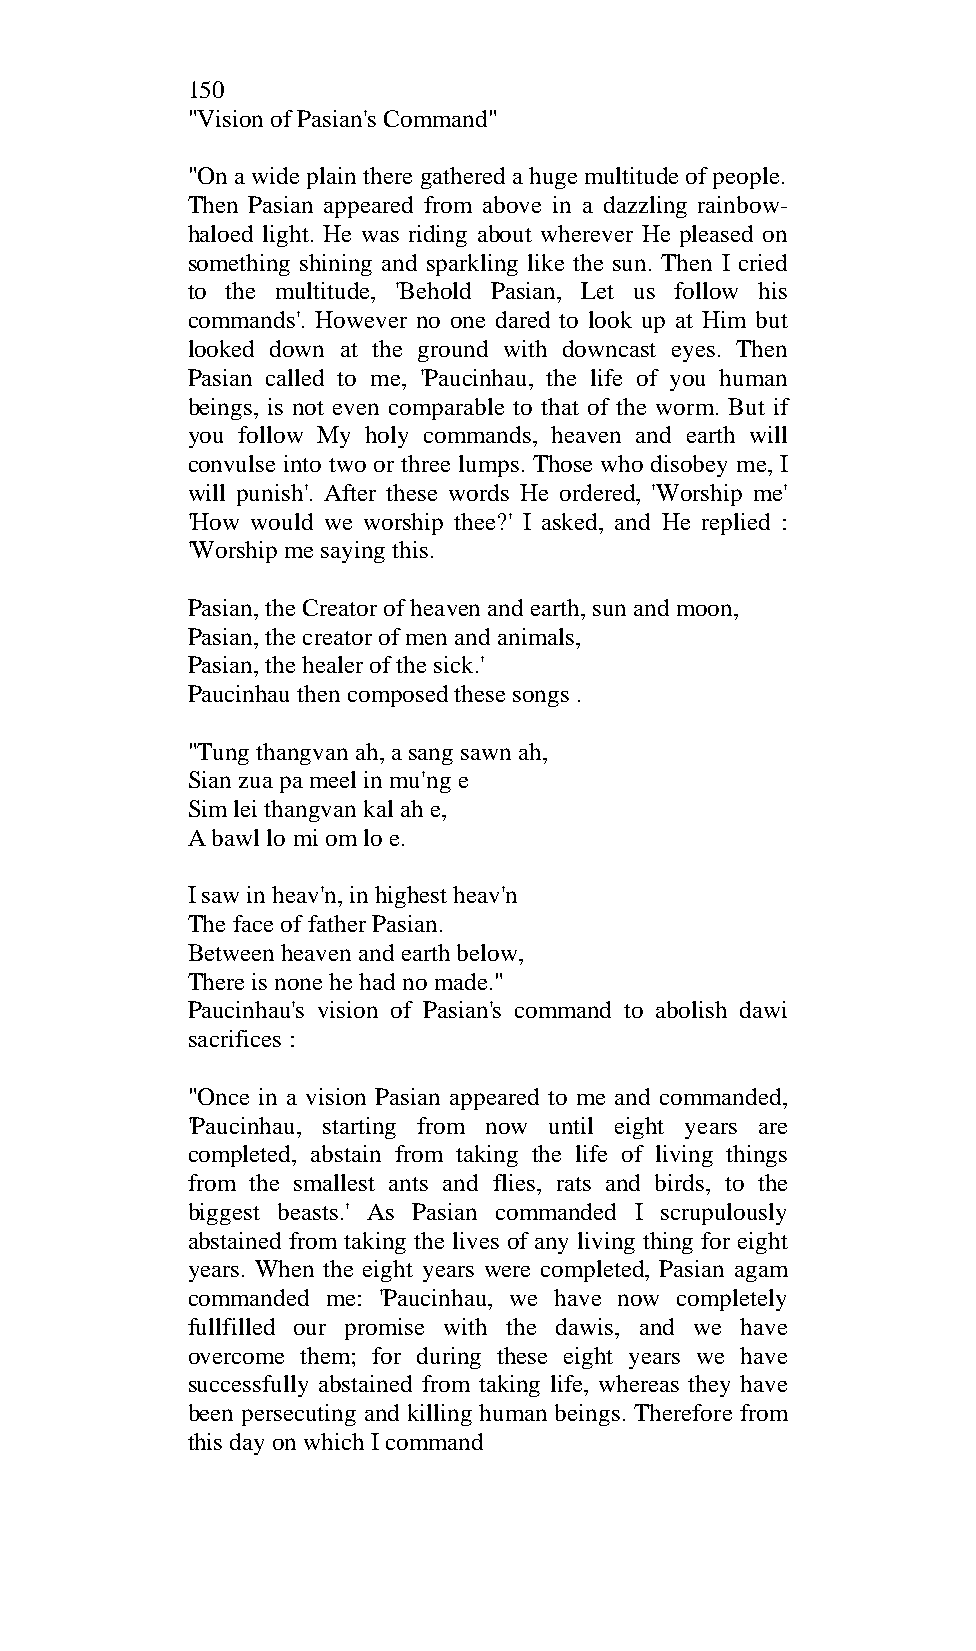
150
 "Vision of Pasian's Command"
 "On a wide plain there gathered a huge multitude of people.
 Then Pasian appeared from above in a dazzling rainbow-
 haloed light. He was riding about wherever He pleased on
 something shining and sparkling like the sun. Then I cried
 to the multitude, 'Behold Pasian, Let us follow his
 commands'. However no one dared to look up at Him but
 looked down at the ground with downcast eyes. Then
 Pasian called to me, 'Paucinhau, the life of you human
 beings, is not even comparable to that of the worm. But if
 you follow My holy commands, heaven and earth will
 convulse into two or three lumps. Those who disobey me, I
 will punish'. After these words He ordered, 'Worship me'
 'How would we worship thee?' I asked, and He replied :
 'Worship me saying this.
 Pasian, the Creator of heaven and earth, sun and moon,
 Pasian, the creator of men and animals,
 Pasian, the healer of the sick.'
 Paucinhau then composed these songs .
 "Tung thangvan ah, a sang sawn ah,
 Sian zua pa meel in mu'ng e
 Sim lei thangvan kal ah e,
 A bawl lo mi om lo e.
 I saw in heav'n, in highest heav'n
 The face of father Pasian.
 Between heaven and earth below,
 There is none he had no made."
 Paucinhau's vision of Pasian's command to abolish dawi
 sacrifices :
 "Once in a vision Pasian appeared to me and commanded,
 'Paucinhau, starting from now until eight years are
 completed, abstain from taking the life of living things
 from the smallest ants and flies, rats and birds, to the
 biggest beasts.' As Pasian commanded I scrupulously
 abstained from taking the lives of any living thing for eight
 years. When the eight years were completed, Pasian agam
 commanded me: 'Paucinhau, we have now completely
 fullfilled our promise with the dawis, and we have
 overcome them; for during these eight years we have
 successfully abstained from taking life, whereas they have
 been persecuting and killing human beings. Therefore from
 this day on which I command